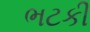
ભટકી